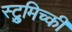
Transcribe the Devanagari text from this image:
स्ट्रुमिच्की